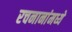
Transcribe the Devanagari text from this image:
रचनानांमध्ये